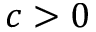
c > 0